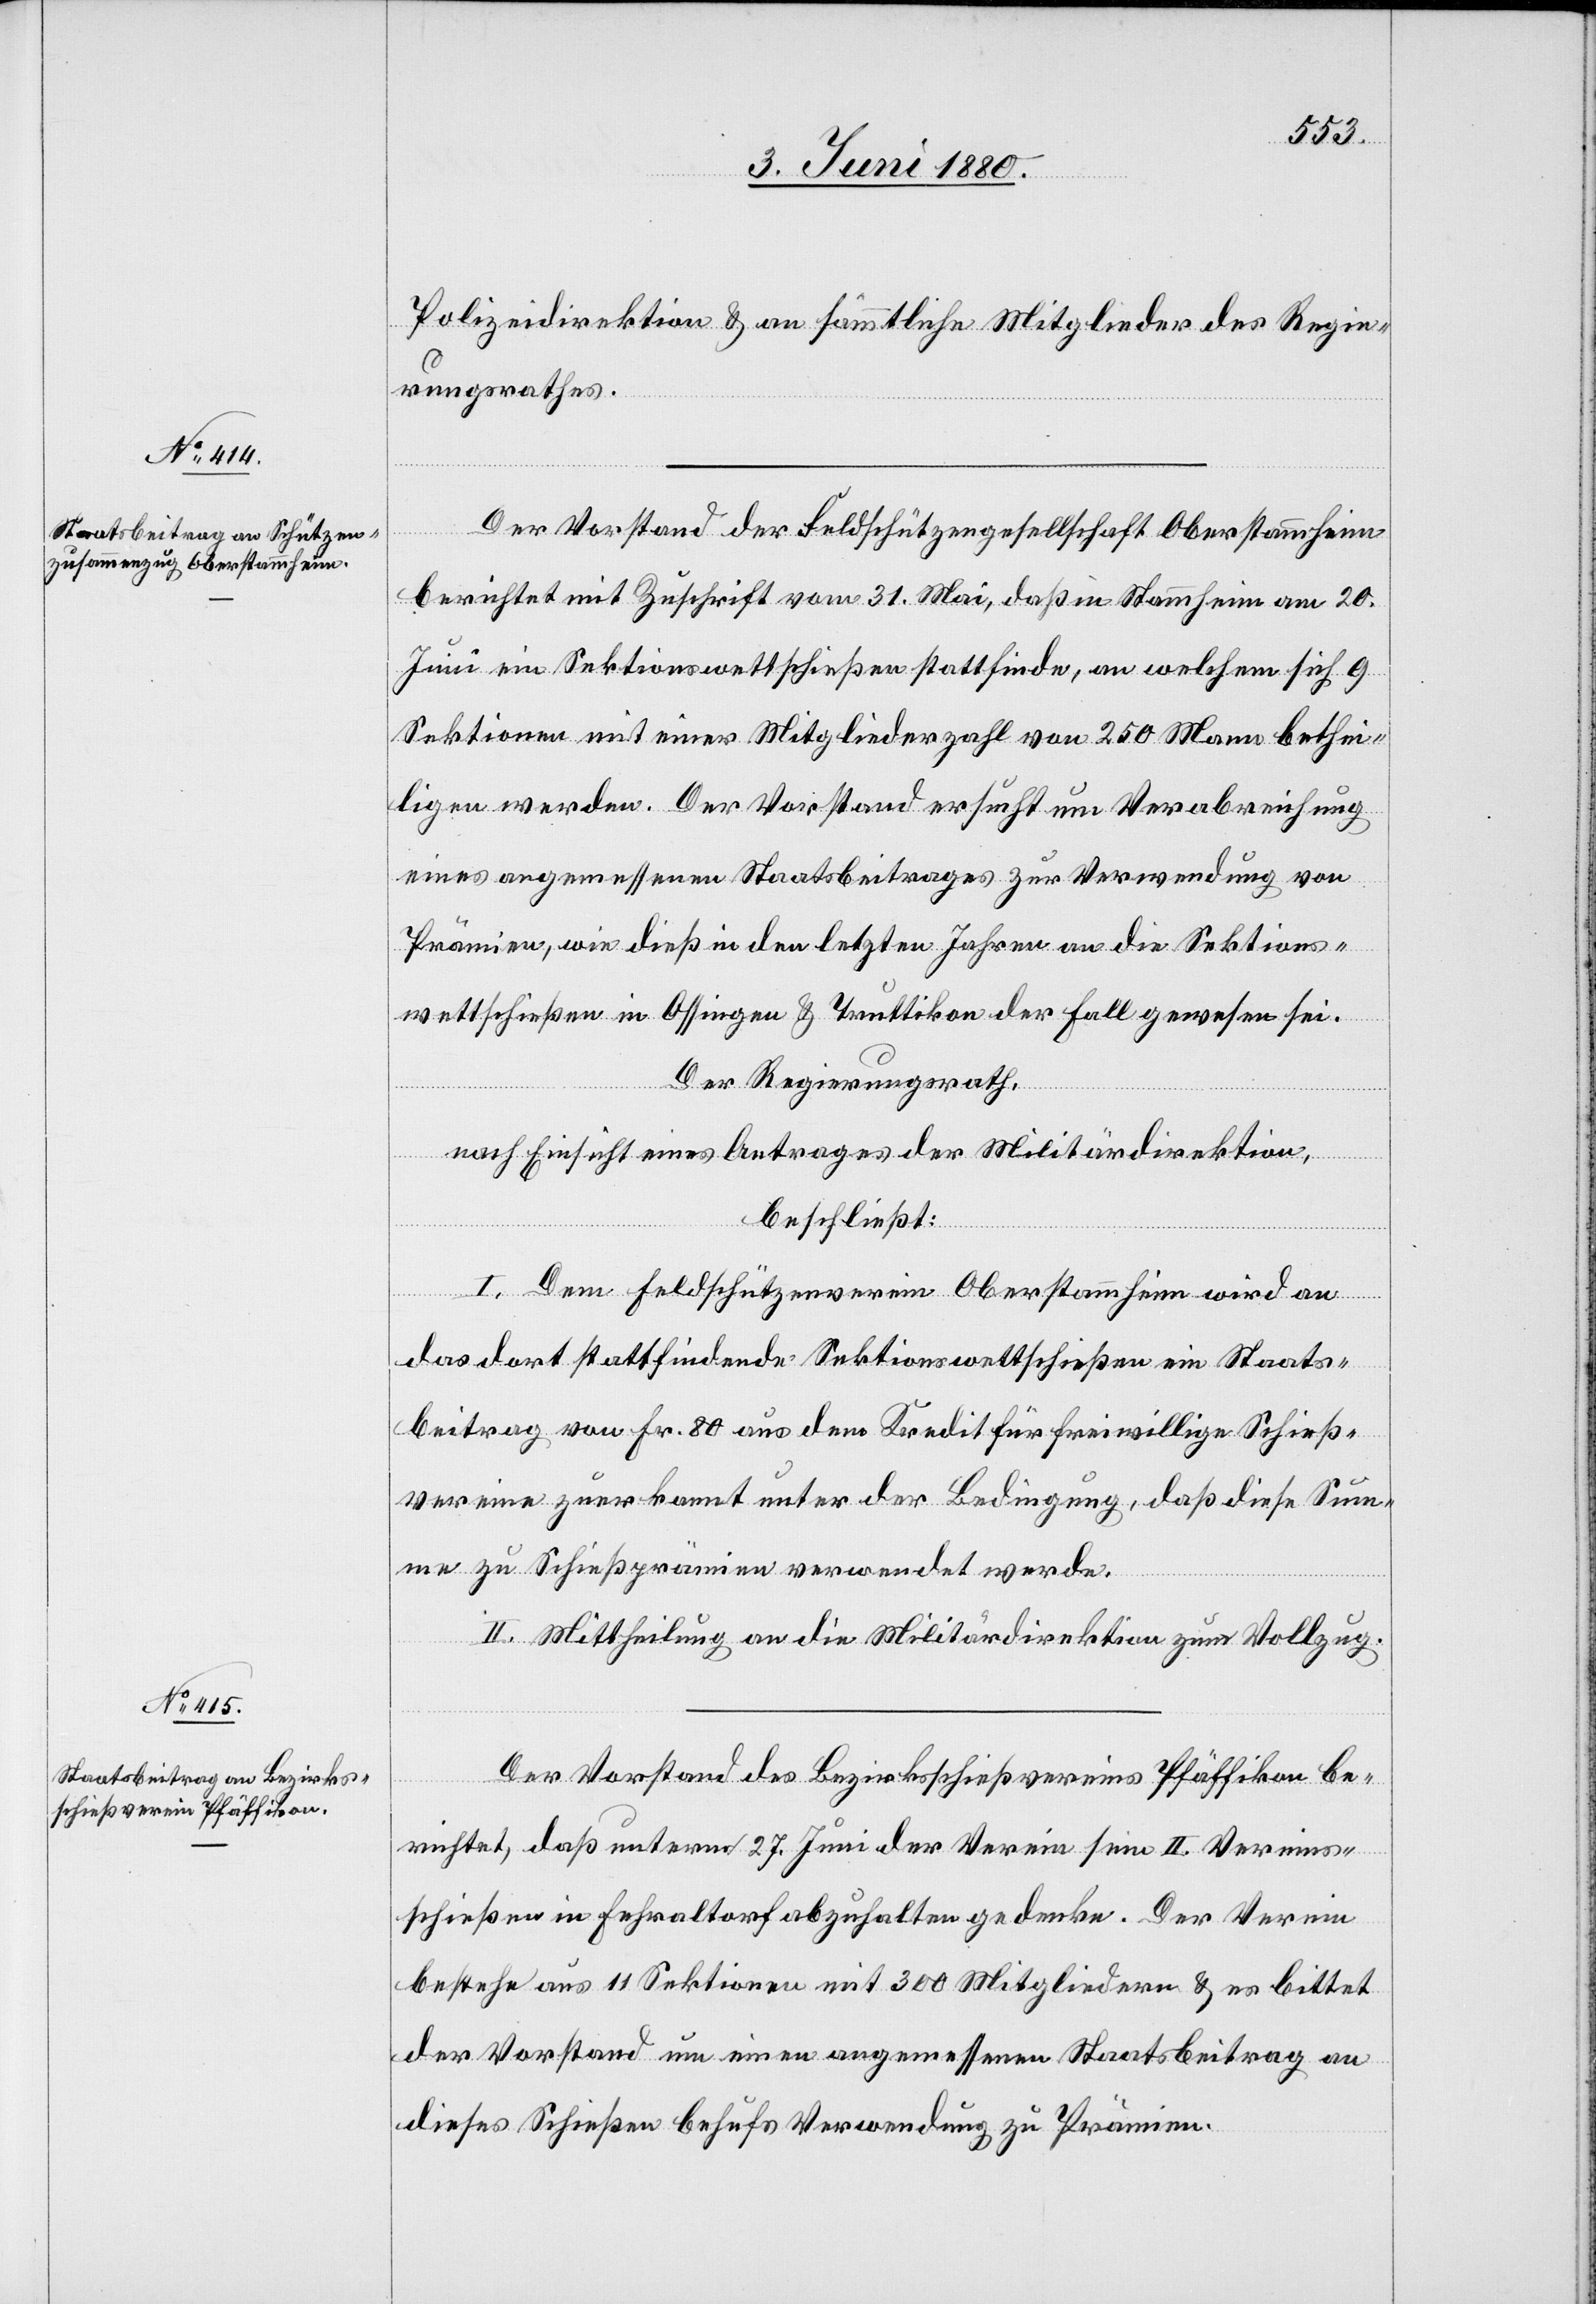
Polizeidirektion & an sämmtliche Mitglieder des Regie¬
rungsrathes.
Der Vorstand der Feldschützengesellschaft Oberstammheim
berichtet mit Zuschrift vom 31. Mai, daß in Stammheim am 20.
Juni ein Sektionswettschießen stattfinde, an welchem sich 9
Sektionen mit einer Mitgliederzahl von 250 Mann bethei¬
ligen werden. Der Vorstand ersucht um Verabreichung
eines angemessenen Staatsbeitrages zur Verwendung von
Prämien, wie dieß in den letzten Jahren an die Sektions¬
wettschießen in Ossingen & Truttikon der Fall gewesen sei.
Der Regierungsrath,
nach Einsicht eines Antrages der Militärdirektion,
beschließt:
I. Dem Feldschützenverein Oberstammheim wird an
das dort stattfindende Sektionswettschießen ein Staats¬
beitrag von Fr. 80 aus dem Kredit für freiwillige Schieß¬
vereine zuerkannt unter der Bedingung, daß diese Sum¬
me zu Schießprämien verwendet werde.
II. Mittheilung an die Militärdirektion zum Vollzug.
Der Vorstand des Bezirksschießvereins Pfäffikon be¬
richtet, daß unterm 27. Juni der Verein sein II. Vereins¬
schießen in Fehraltorf abzuhalten gedenke. Der Verein
bestehe aus 11 Sektionen mit 300 Mitgliedern & es bittet
der Vorstand um einen angemessenen Staatsbeitrag an
dieses Schießen behufs Verwendung zu Prämien.